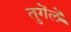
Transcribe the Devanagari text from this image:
तुगॆलॆ